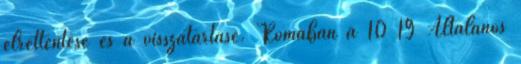
elrettentésé és a visszatartásé. Rómában a 10 19 Általános